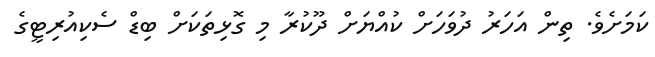
ކަމަށެވެ. ތިން އަހަރު ދުވަހަށް ކުއްޔަށް ދޫކުރާ މި ގޮޅިތަކަށް ބިޑް ސެކިއުރިޓީގެ